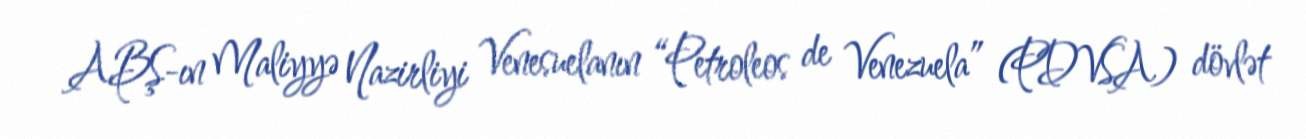
ABŞ-ın Maliyyə Nazirliyi Venesuelanın “Petroleos de Venezuela” (PDVSA) dövlət